Report of the Indian Hemp Drugs Commission, 1894-1895 - Volume VI
Year: 1894
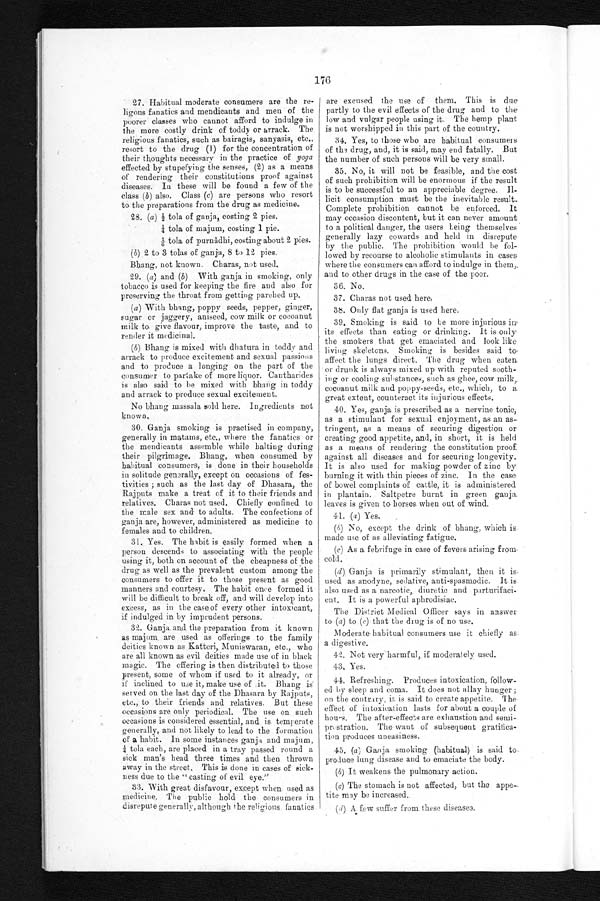
176f
27. Habitual moderate consumers are the re
ligous fanatics and mendicants and men of the
poorer classes who cannot afford to indulge in
the more costly drink of toddy or arrack. The
religious fanatics, such as bairagis, sanyasis, etc.,
resort to the drug (1) for the concentration of
their thoughts necessary in the practice of yoga
effected by stupefying the senses, (2) as a means
of rendering their constitutions proof against
diseases. In these will be found a few of the
class (b) also. Class (c) are persons who resort
to the preparations from the drug as medicine.
28. (a) 2 tola of ganja, costing 2 pies.
tola of majum, costing 1 pie.
1/6 tola of purnâdhi, costing about 2 pies.
(b) 2 to 3 tolas of ganja, 8 to 12 pies.
Bhang, not known. Charas, not used.
29. (a) and (b) With ganja in smoking, only
tobacco is used for keeping the fire and also for
preserving the throat from getting parched up.
(a) With bhang, poppy seeds, pepper, ginger,
sugar or jaggery, aniseed, cow milk or cocoanut
milk to. give flavour, improve the taste, and to
render it medicinal.
(b) Bhang is mixed with dhatura in toddy and
arrack to produce excitement and sexual passions
and to produce a longing on the part of the
consumer to partake of more liquor. Cantharides
is also said to he mixed with bhang in toddy
and arrack to produce sexual excitement.
No bhang massala sold here. Ingredients not
known.
:30. Ganja smoking is practised in company,
generally in matams, etc., where the fanatics or
the mendicants assemble while halting during
their pilgrimage. Bhang, when consumed by
habitual consumers, is done in their households
in solitude generally, except on occasions of fes-
tivities ; such as the last day of Dhasara, the
Rajputs make a treat of it to their friends and
relatives. Charas not used. Chiefl y confined to
the male sex and to adults. The confections of
ganja are, however, administered as medicine to
females and to children.
31. Yes. The habit is easily formed when a
person descends to associating with the people
using it, both on account of the cheapness of the
drug as well as the prevalent custom among the
consumers to offer it to those present as good
manners and courtesy. The habit once formed it
will be difficult to break off, and will develop into
excess, as in the case of every other intoxicant,
if indulged in by imprudent persons.
Ganja and the preparation from it known
as majum are used as offerings to the family
deities known as Katteri, Muniswaran, etc., who
are all known as evil deities made use of in black
magic. The offering , is then distributed to those
present, some of whom if used to it already, or
if inclined to use it, make use of it. Bhang is
served on the last day of the Dhasara by Rajputs,
etc., to their friends and relatives. But these
occasions are only periodical. The use on such
occasions is considered essential, and is temperate
generally, and not likely to lead to the formation
of a habit. In some instances ganja and majum,
tola each, are placed in a tray passed round a
sick man's head three times and then thrown
away in the street. This is done in cases of sick-
ness due to the " casting of evil eye."
33. With great disfavour, except when used as
medicine. The public hold the consumers in
disrepute generally, although the religious fanatics
are excused the use of them. This is due
partly to the evil effects of the drug and to the
low and vulgar people using it. The hemp plant
is not worshipped in this part of the country.
34. Yes, to those who are habitual consumers
of the drug, and, it is said, may end fatally. But
the number of such persons will be very small.
35. No, it will not be feasible, and the cost
of such prohibition will be enormous if the result
is to be successful to an appreciable degree. Il-
licit consumption must be the inevitable result-
Complete prohibition cannot be enforced. It
may occasion discontent, but it can never amount
to a political danger, the users being themselves
generally lazy cowards and held in disrepute
by the public. The prohibition would he fol-
lowed by recourse to alcoholic stimulants in cases
where the consumers can afford to indulge in them,.
and to other drugs in the case of the poor.
36.. No.
37. Charas not used here,
38. Only fiat ganja is used here.
39. Smoking is said to be more injurious
its effects than eating or drinking. It is only
the smokers that get emaciated and look like
living skeletons. Smoking is besides said to.
affect the lungs direct. The drug when eaten
or drunk is always mixed up with reputed sooth-
ing or cooling substances, such as ghee, cow milk,
cocoanut milk and poppy-seeds, etc., which, to a.
great extent, counteract its injurious effects.
40. Yes, ganja is prescribed as a nervine tonic,
as a stimulant for sexual enjoyment, as an as-
tringent, as a means of securing digestion or
creating good appetite, and, in short, it is held
as a means of rendering the constitution proof.
against all diseases and for securing longevity.
It is also used for making powder of zinc by
burning it with thin pieces of zinc. In the case
of bowel complaints of cattle, it is administered
in plantain. Saltpetre burnt in green ganja.
leaves is given to horses. when out of wind.
41. (a) Yes.
(4) No, except the drink of bhang, which is
made use of as alleviating fatigue.
(c) As a febrifuge in ease of fevers arising from,
cold.
(d Ganja
used as anodyne, sedative, anti-spasmodic. It is
also used as a narcotic, diuretic and
parturifacient. It is a powerful aphrodisiac.
The District Medical Officer says in answer
to (a) to (c) that the drug is of no use.
Moderate habitual consumers use it chiefly as
a digestive.
42. Not very harmful, if moderately used.
43. Yes.
44. Refreshing. Produces intoxication, follow-
ed by sleep and coma. It does not allay hunger ;
on the contrary, it, is said to create appetite. The
effect of intoxication lasts for about a couple of
hours. The after-effects are exhaustion and semi-
prestration. The want of subsequent gratifica-
tion produces uneasiness.
45. (a) Ganja smoking (habitual) is said to
produce lung disease and to emaciate the body.
(b) It weakens the pulmonary action.
(a) The stomach is not affected, but the appe-
tite may be increased.
(d) A few suffer from these diseases.